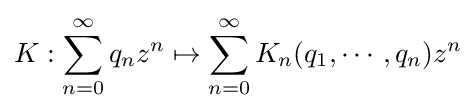
K:\sum _{n=0}^{\infty }q_{n}z^{n}\mapsto \sum _{n=0}^{\infty }K_{n}(q_{1},\cdots ,q_{n})z^{n}